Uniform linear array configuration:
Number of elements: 48
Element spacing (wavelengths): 0.5
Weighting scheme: cosine
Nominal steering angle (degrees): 45
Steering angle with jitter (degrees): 46.99
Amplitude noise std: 0.05
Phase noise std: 0.05

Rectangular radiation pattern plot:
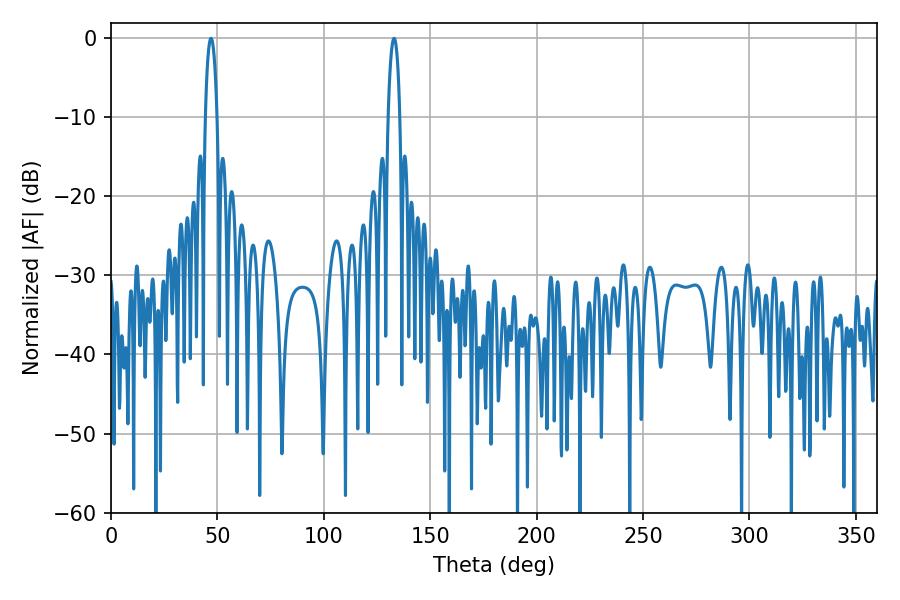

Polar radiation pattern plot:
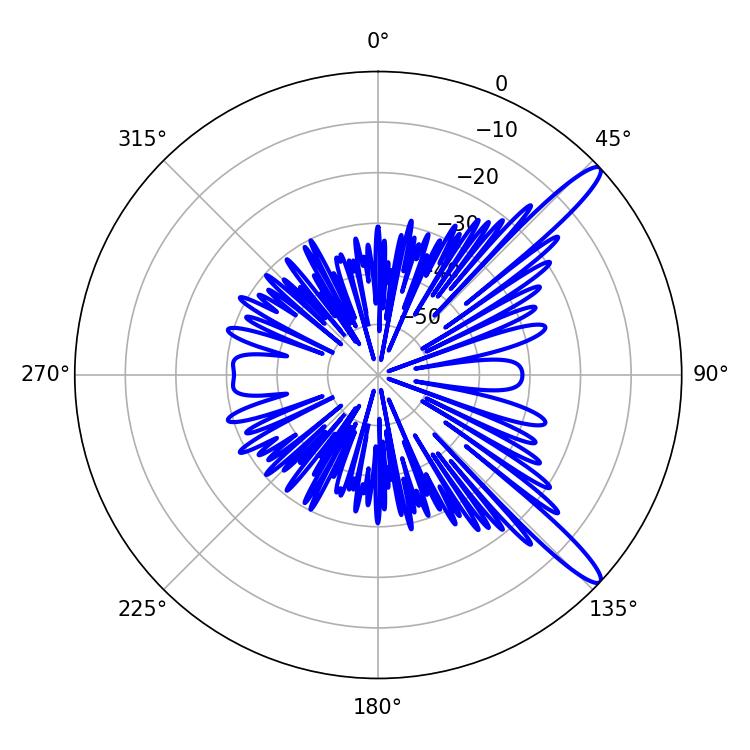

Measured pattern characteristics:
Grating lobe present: FALSE
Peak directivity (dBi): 13.48
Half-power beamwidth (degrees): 3.06
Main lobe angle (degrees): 46.98